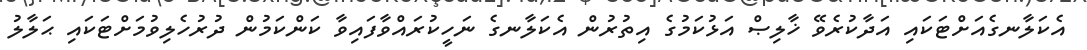
އެކަލާނގެއަށްޓަކައި އަދާކުރެވޭ ޚާލިޞް އަޅުކަމުގެ އިތުރުން އެކަލާނގެ ނަހީކުރައްވާފައިވާ ކަންކަމުން ދުރުހެލިވުމަށްޓަކައި ޙަލާލު